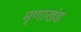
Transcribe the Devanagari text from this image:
मृणाखंड